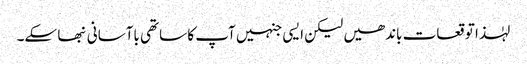
لہٰذا توقعات باندھیں لیکن ایسی جنہیں آپ کا ساتھی باآسانی نبھا سکے۔